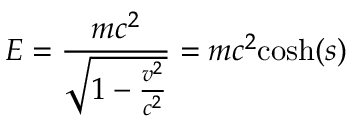
E = { \frac { m c ^ { 2 } } { \sqrt { 1 - { \frac { v ^ { 2 } } { c ^ { 2 } } } } } } = m c ^ { 2 } { \mathrm { c o s h } } ( s )